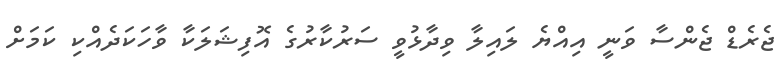
ޖެރެޑް ޖެންސާ ވަނީ އިއްޔެ ލައިލާ ވިދާޅުވީ ސަރުކާރުގެ އޮފިޝަލަކާ ވާހަކަދެއްކި ކަމަށް